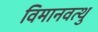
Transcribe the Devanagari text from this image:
विमानवत्थु